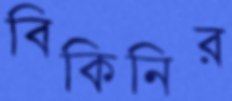
বিকিনির